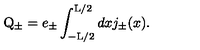
\mathrm { Q } _ { \pm } = e _ { \pm } \int _ { - \mathrm { L } / 2 } ^ { \mathrm { L } / 2 } d x j _ { \pm } ( x ) .